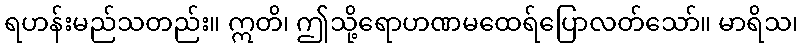
ရဟန်းမည်သတည်း။ ဣတိ၊ ဤသို့ရောဟဏမထေရ်ပြောလတ်သော်။ မာရိသ၊